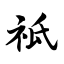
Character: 祗